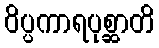
ဝိပ္ပကာရပုစ္ဆာတိ